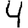
Digit: 4